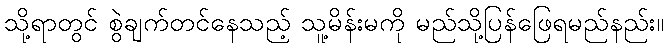
သို့ရာတွင် စွဲချက်တင်နေသည့် သူ့မိန်းမကို မည်သို့ပြန်ဖြေရမည်နည်း။